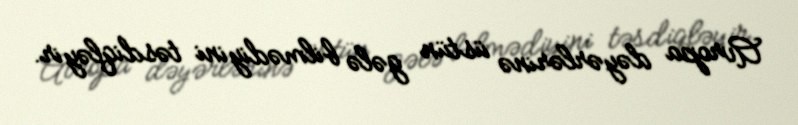
Avropa dəyərlərinə üstün gələ bilmədiyini təsdiqləyir.